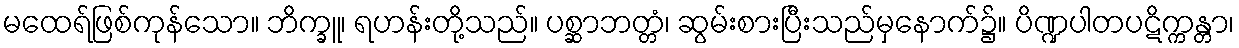
မထေရ်ဖြစ်ကုန်သော။ ဘိက္ခူ၊ ရဟန်းတို့သည်။ ပစ္ဆာဘတ္တံ၊ ဆွမ်းစားပြီးသည်မှနောက်၌။ ပိဏ္ဍပါတပဋိက္ကန္တာ၊